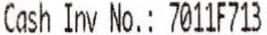
CASH INV NO.: 7011F713